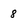
Character: 8